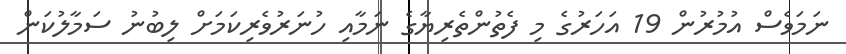
ނަމަވެސް އުމުރުން 19 އަހަރުގެ މި ފެތުންތެރިޔާގެ ނަމާއި ހުނަރުވެރިކަމަށް ލިބުނު ސަމާލުކަން